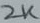
Text: 2K